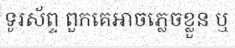
ទូរស័ព្ទ ពួកគេអាចភ្លេចខ្លួន ឬ